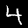
Digit: 4